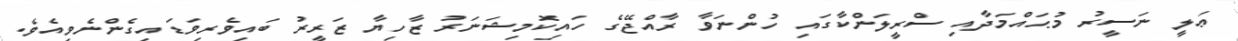
ޢަލީ ނަސީރު މުޙައްމަދާއި ސްރީލަންކާގައި ހުންނަވާ ރާއްޖޭގެ ހައިކޮމިޝަނަރު ޒާހިޔާ ޒަރީރު ބައިވެރިވަޑައިގެންނެވިއެވެ.